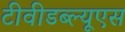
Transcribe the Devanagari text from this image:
टीवीडब्ल्यूएस